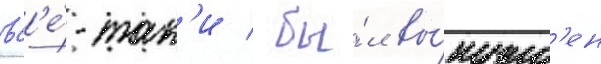
вс'е́-так'и / бы́л вы́нужд'ен